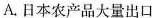
A.日本农产品大量出口